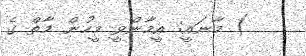
) މާނައީ: އީމާންވީ މީހުން މާތް ގެ